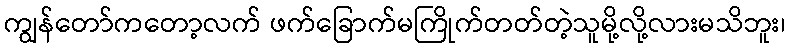
ကျွန်တော်ကတော့လက် ဖက်ခြောက်မကြိုက်တတ်တဲ့သူမို့လို့လားမသိဘူး၊